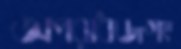
অপরাধজগৎ